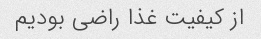
از کیفیت غذا راضی بودیم